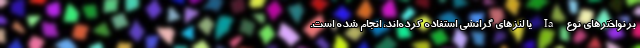
برنواخترهای نوع Ia یا لنزهای گرانشی استفاده کرده‌اند، انجام شده است.